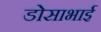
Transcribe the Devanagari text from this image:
डोसाभाई